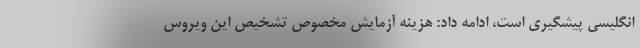
انگلیسی پیشگیری است، ادامه داد: هزینه آزمایش مخصوص تشخیص این ویروس